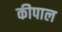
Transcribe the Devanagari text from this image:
कीपाल